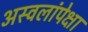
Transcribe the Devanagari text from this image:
अस्वलांपेक्षा